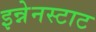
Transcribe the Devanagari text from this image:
इन्नेनस्टाट